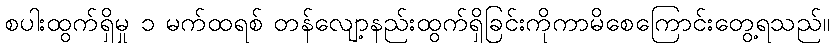
စပါးထွက်ရှိမှု ၁ မက်ထရစ် တန်လျော့နည်းထွက်ရှိခြင်းကိုကာမိစေကြောင်းတွေ့ရသည်။